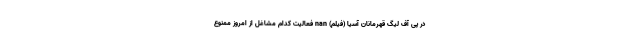
در پی آف لیگ قهرمانان آسیا (فیلم) nan فعالیت کدام مشاغل از امروز ممنوع